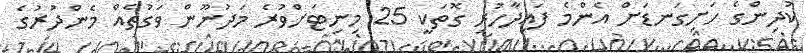
ކުދިންގެ ހަށިގަނޑަށް އެންމެ ފައިދާހުރި ގޮތަކީ 25 މިނިޓަށްވުރެ މަދުނޫން ވަގުތެއް މެންދުރުގެ